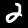
Label: 2